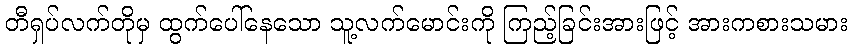
တီရှပ်လက်တိုမှ ထွက်ပေါ်နေသော သူ့လက်မောင်းကို ကြည့်ခြင်းအားဖြင့် အားကစားသမား